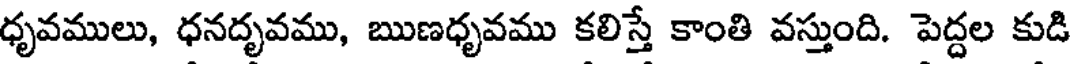
ధృవములు, ధనదృవము, ఋణధృవము కలిస్తే కాంతి వస్తుంది. పెద్దల కుడి